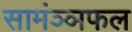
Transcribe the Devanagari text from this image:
सामंञ्ञफल